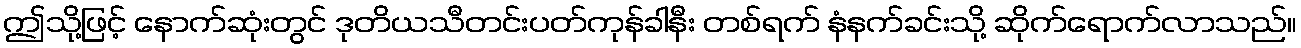
ဤသို့ဖြင့် နောက်ဆုံးတွင် ဒုတိယသီတင်းပတ်ကုန်ခါနီး တစ်ရက် နံနက်ခင်းသို့ ဆိုက်ရောက်လာသည်။